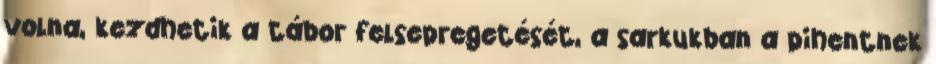
volna, kezdhetik a tábor felsepregetését, a sarkukban a pihentnek